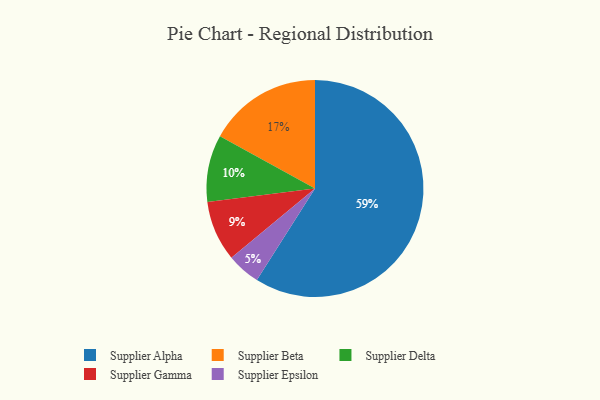
{"axis": {"x": "Category", "y": "Percentage"}, "legend": ["Supplier Alpha", "Supplier Beta", "Supplier Delta", "Supplier Epsilon", "Supplier Gamma"], "data": [{"x": "Supplier Alpha", "y": 59, "type": "Supplier Alpha"}, {"x": "Supplier Epsilon", "y": 5, "type": "Supplier Epsilon"}, {"x": "Supplier Gamma", "y": 9, "type": "Supplier Gamma"}, {"x": "Supplier Beta", "y": 17, "type": "Supplier Beta"}, {"x": "Supplier Delta", "y": 10, "type": "Supplier Delta"}]}